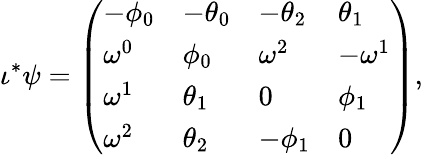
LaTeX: \iota^{*}\psi=\left(\begin{array}{llll}{-\phi_{0}}&{-\theta_{0}}&{-\theta_{2}}&{\theta_{1}}\\ {\omega^{0}}&{\phi_{0}}&{\omega^{2}}&{-\omega^{1}}\\ {\omega^{1}}&{\theta_{1}}&{0}&{\phi_{1}}\\ {\omega^{2}}&{\theta_{2}}&{-\phi_{1}}&{0}\end{array}\right),